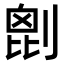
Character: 𠞇